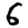
Digit: 6